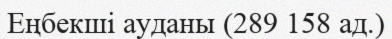
Еңбекші ауданы (289 158 ад.)